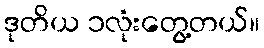
ဒုတိယ ၁လုံးတွေ့တယ်။